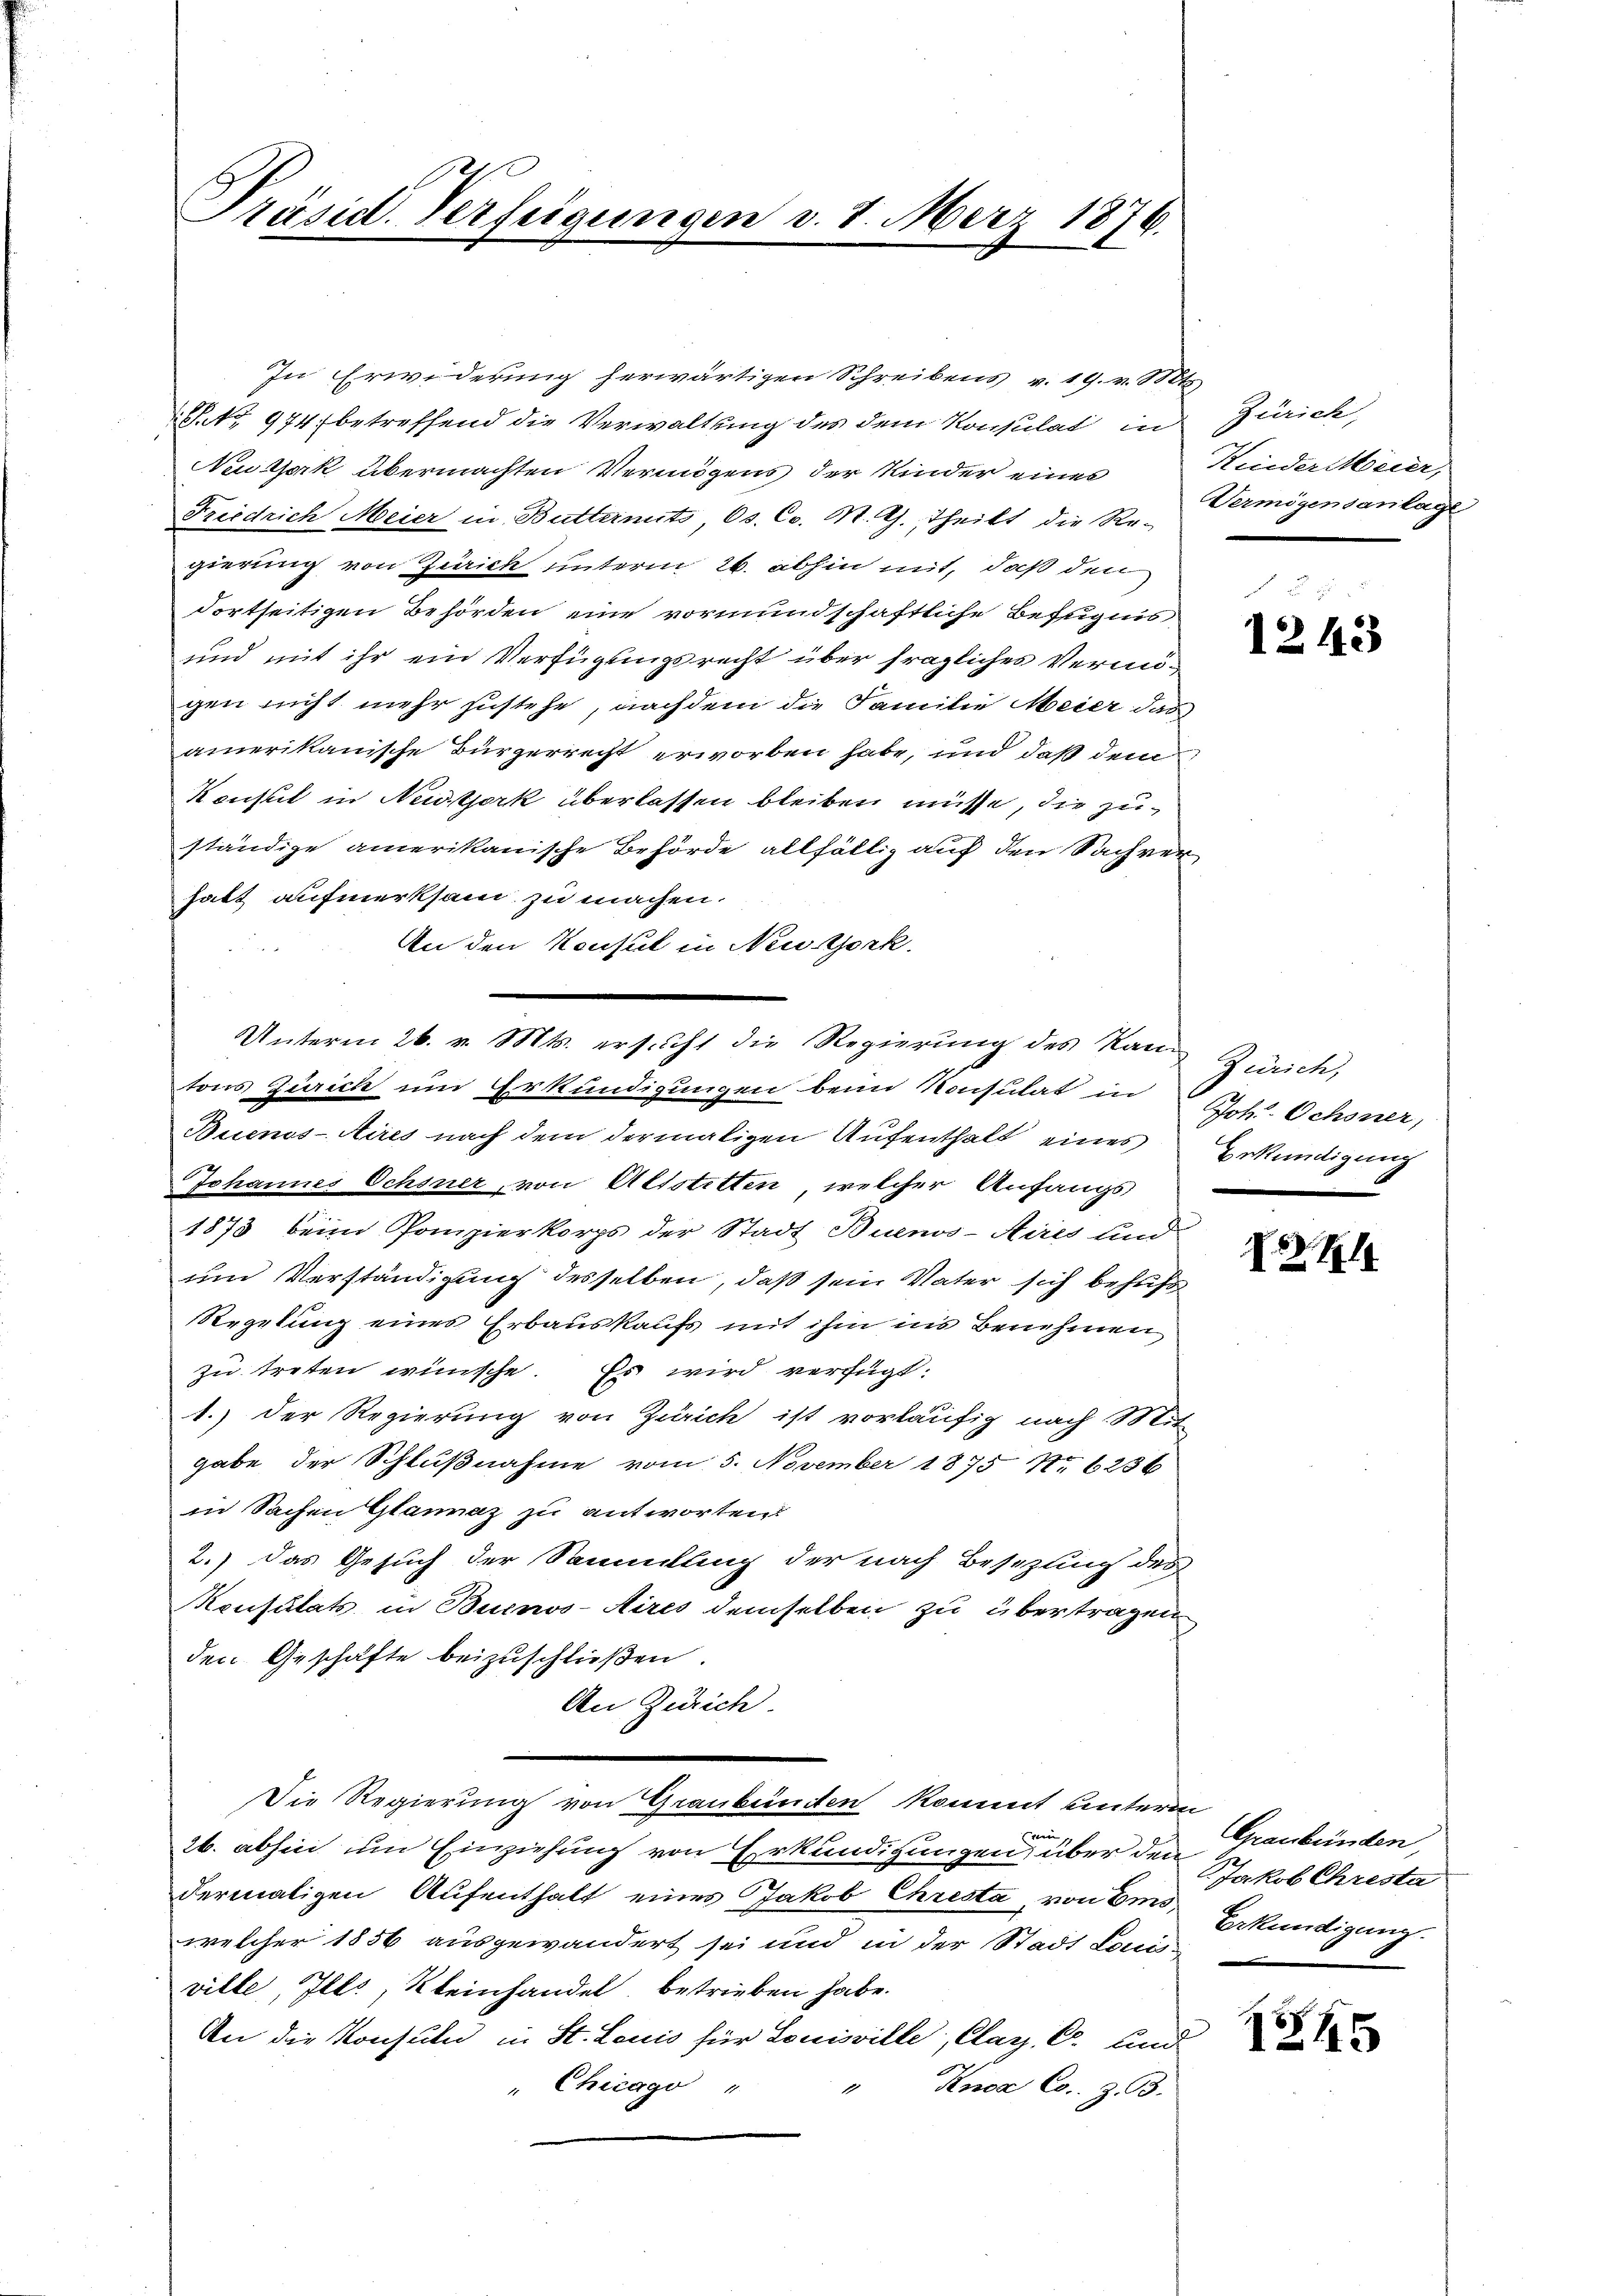
Präsid. Verfügungen d. 1. März 1874.

In Erwiderung herwärtigen Schreibens v. 19. v. Mts.
P.No 974 betreffend die Verwaltung des dem Konsulat in Zürich,
Neuzjork übermachten Vermögens der Kinder eines
Friedrich Meier in Buttermits, s. Co. M. G. Theilt die Re-
gierung von Zürich unterm 26. abhin mit, daß den
dortseitigen Behörden eine vormundschaftliche Befugnis
und mit ihr ein Verfügungsrecht über fragliches Vermögen nicht mehr zustehe, nachdem die Familie Meier das
amerikanische Bürgerrecht erworben habe, und daß dem
Konsul in Neidstjork überlassen bleiben müsse, die zuständige amerikanische Behörde allfällig auf den Sachver
hatt aufmerksam zu machen.
An den Konsul in Neusterk
tons Zürich um Erkundigungen beim Konsulat in
Buenos-Aires nach dem dermaligen Aufenthalt eines
Johannes Ochsner, von Altstitten, welcher Anfangs
1873 beim Pompierkorps der Stadt Buenos-Aires und
um Verständigung desselben, daß sein Vater sich behufs
Regelung eines Erbauskaufs mit ihm ins Benehmen
zu treten wünsche. Es wird verfügt:
1.) Der Regierung von Zürich ist vorläufig nach Mit
gabe der Schlußnahme vom 5. November 1875 No 6236
in Sachen Glannaz zu antworten
2.) Das Gesuch der Sammlung der nach Besiztung des
Konsulats in Buenos-Aires demselben zu übertragen
den Geschäfte beizuschließen
An Zürich.
Die Regierung von Graubünden kommt unterm
vng
26. abhin um Einziehung von Erkundigungen, über den Graubünden,
dermaligen Aufenthalt eines Jakob Chresta, von Emowelcher 1856 ausgewandert sei und in der Stadt Louis-
ville, Ills, Kleinhandel, betrieben habe.
An die Konsuln in St. Louis für Louisville, Clar. C. und
" Chicago "
" Knox Co. z. B.

Unterm 26. v. Mts. ersucht die Regierung des Kan-

Kinder Meier,
Vermögensanlage

r
1243

Zürich,
Joh. Ochsner,
Bekündigung
.

1

Jakob Chresta
Erkundigung.

145